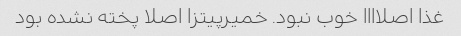
غذا اصلاااا خوب نبود. خمیرپیتزا اصلا پخته نشده بود